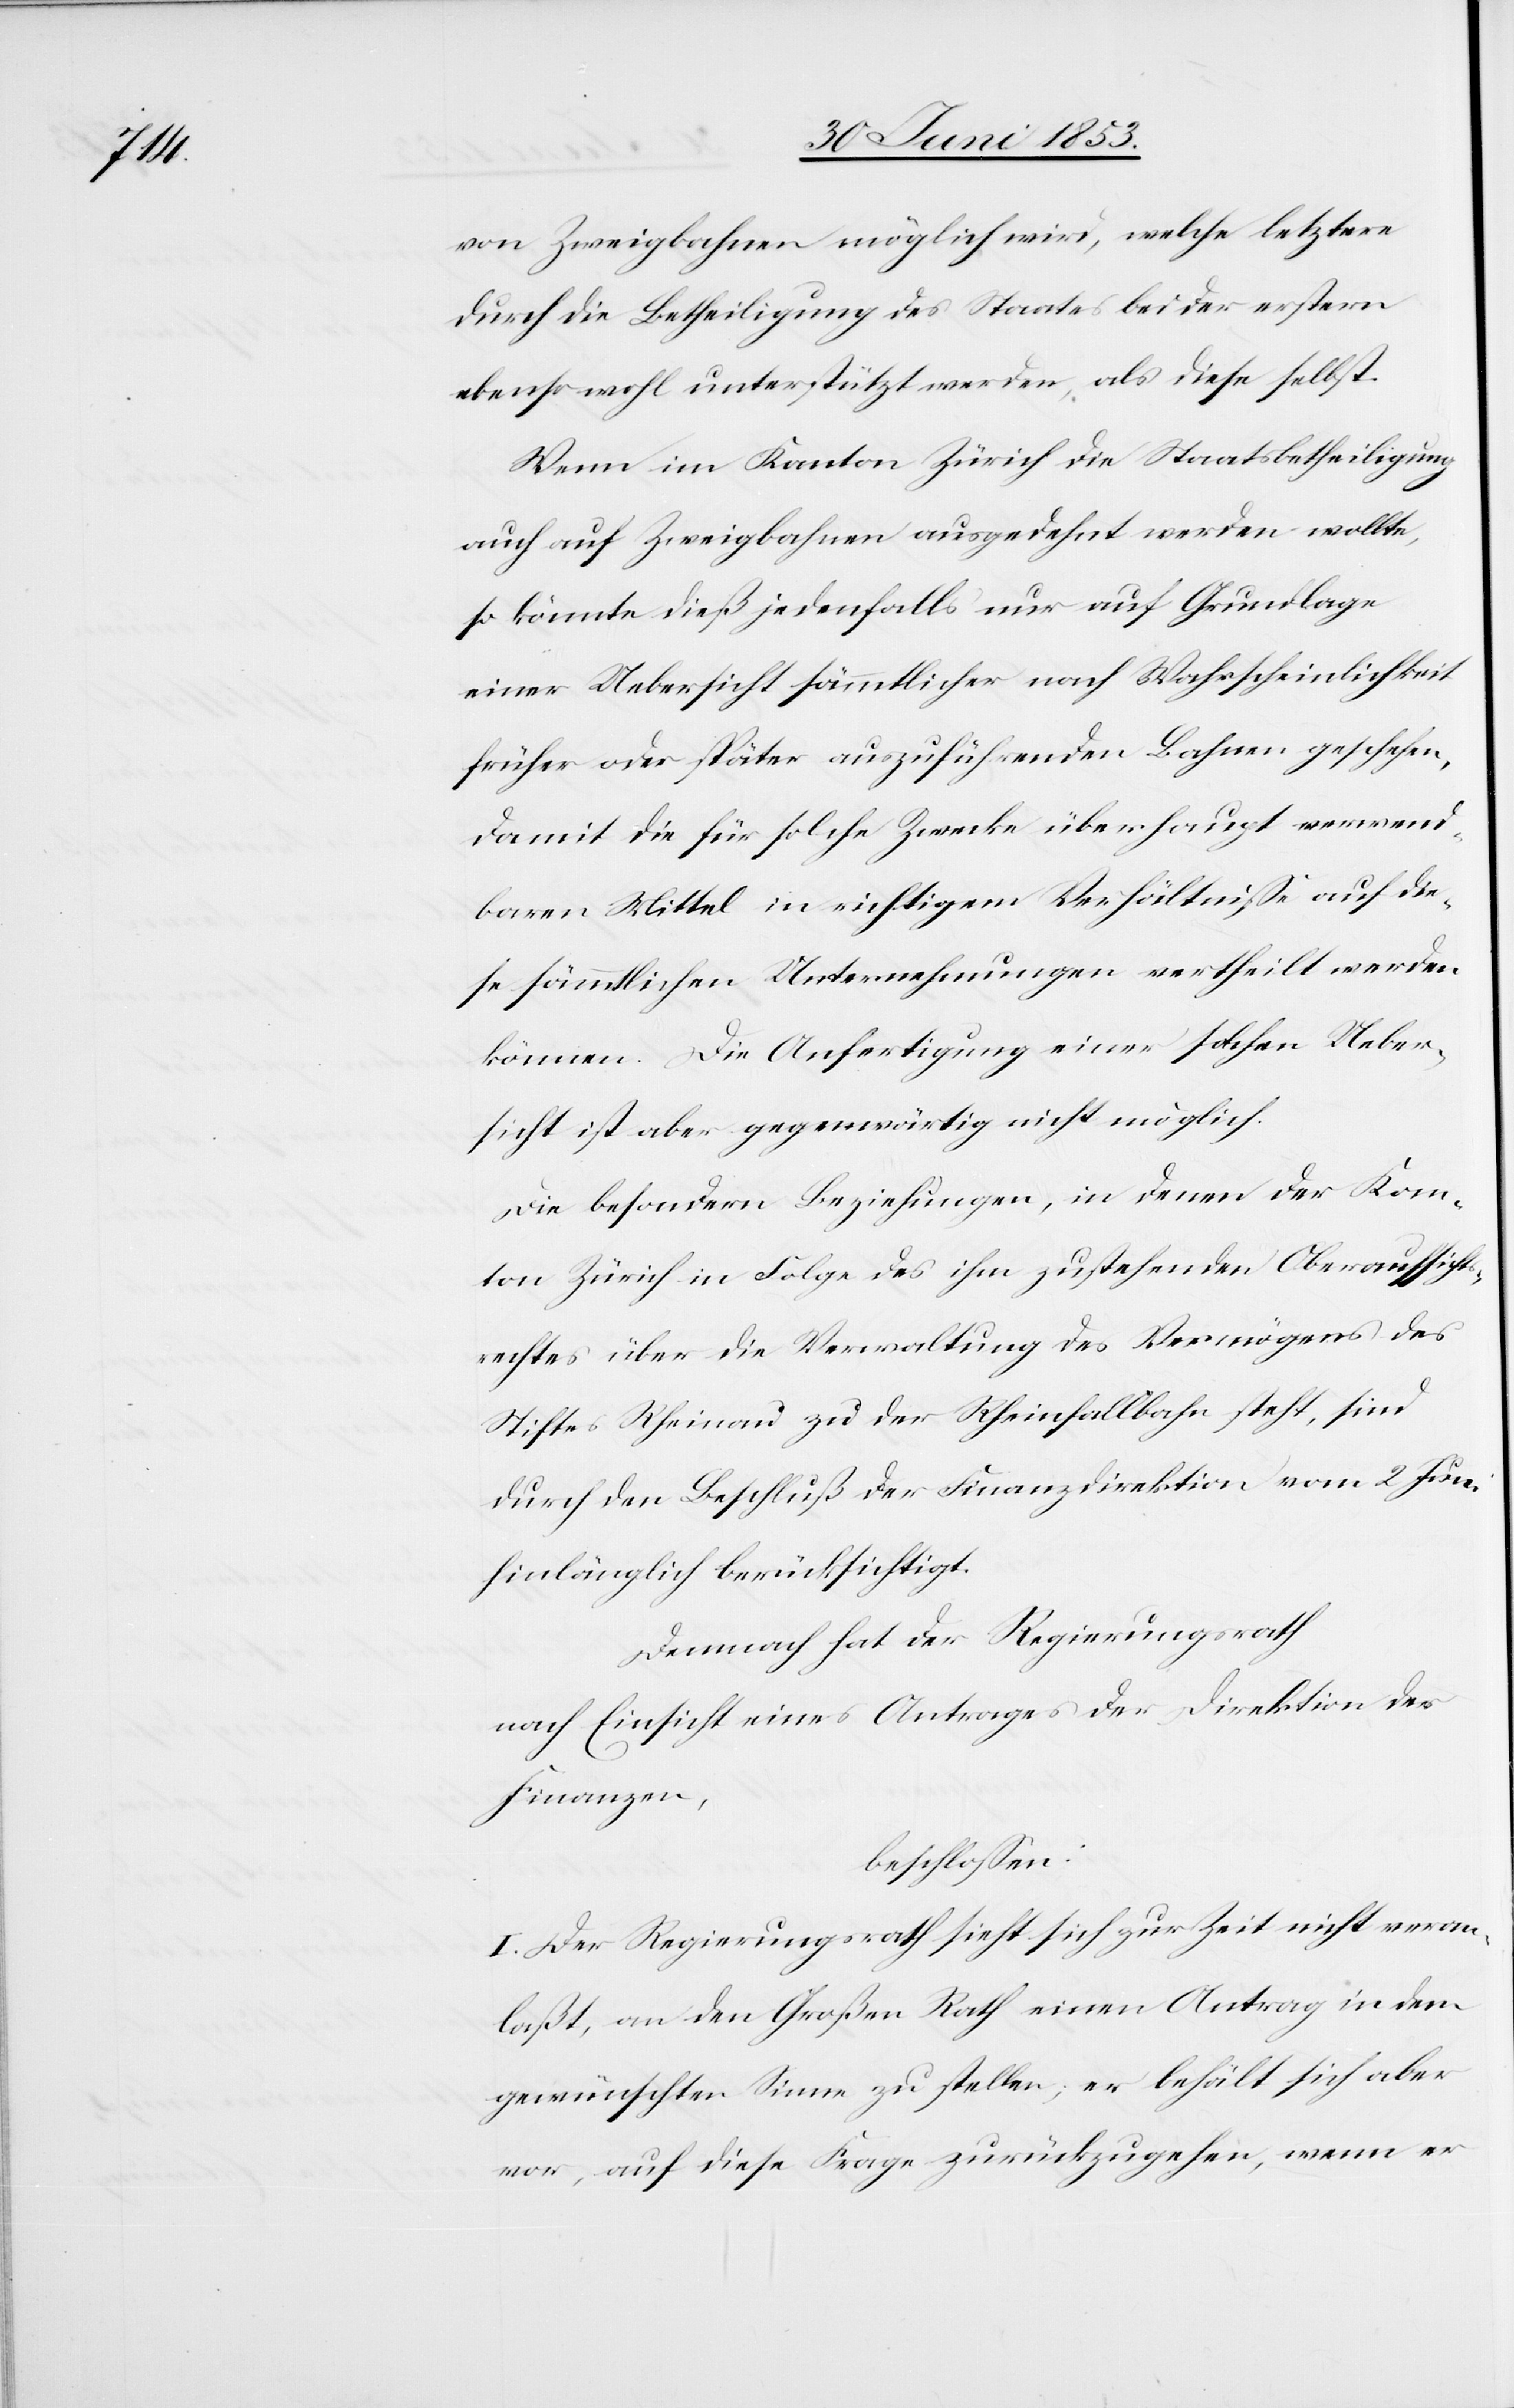
von Zweigbahnen möglich wird, welche letztere
durch die Betheiligung des Staates bei der erstern
ebenso wohl unterstützt werden, als diese selbst.
Wenn im Kanton Zürich die Staatsbetheiligung
auch auf Zweigbahnen ausgedehnt werden wollte,
so könnte dieß jedenfalls nur auf Grundlage
einer Uebersicht sämmtlicher nach Wahrscheinlichkeit
früher oder später auszuführenden Bahnen geschehen,
damit sie für solche Zwecke überhaupt verwend¬
baren Mittel in richtigem Verhältniße auf die¬
se sämmtlichen Unternehmungen vertheilt werden
können. Die Ausfertigung einer solchen Ueber¬
sicht ist aber gegenwärtig nicht möglich.
Die besondern Beziehungen, in denen der Kan¬
ton Zürich in Folge des ihm zustehenden Oberaufsichts¬
rathes über die Verwaltung des Vermögens des
Stiftes Rheinau zu der Rheinfallbahn steht, sind
durch den Beschluß der Finanzdirektion vom 2 Juni
hinlänglich berücksichtigt.
Demnach hat der Regierungsrath
nach Einsicht eines Antrages der Direktion der
Finanzen,
beschloßen:
I. Der Regierungsrath sieht sich zur Zeit nicht veran¬
laßt, an den Großen Rath einen Antrag in dem
gewünschten Sinne zu stellen; er behält sich aber
vor, auf diese Frage zurückzugehen, wenn er